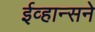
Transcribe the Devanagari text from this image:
ईव्हान्सने